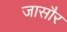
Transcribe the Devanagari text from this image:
जासौर